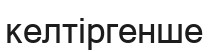
келтіргенше